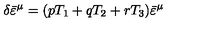
\delta { \bar { \varepsilon } } ^ { \mu } = ( p T _ { 1 } + q T _ { 2 } + r T _ { 3 } ) { \bar { \varepsilon } } ^ { \mu }